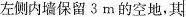
左侧内墙保留3m的空地，其